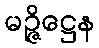
မဉ္ဇိဋ္ဌေန